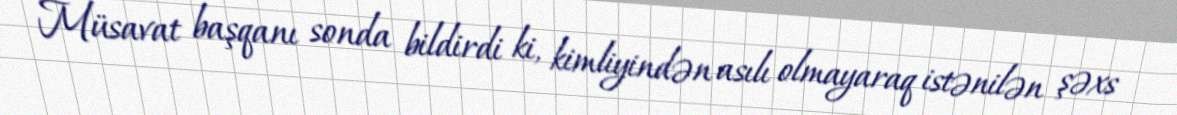
Müsavat başqanı sonda bildirdi ki, kimliyindən asılı olmayaraq istənilən şəxs